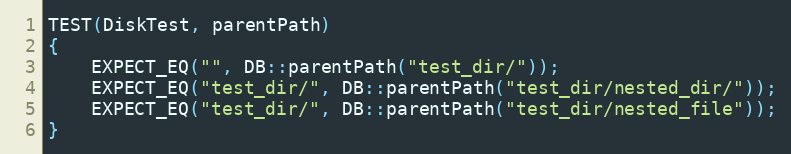
Language: C++
TEST(DiskTest, parentPath)
{
    EXPECT_EQ("", DB::parentPath("test_dir/"));
    EXPECT_EQ("test_dir/", DB::parentPath("test_dir/nested_dir/"));
    EXPECT_EQ("test_dir/", DB::parentPath("test_dir/nested_file"));
}